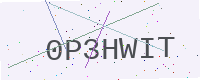
Text: 0P3HWIT